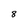
Character: 8